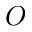
O